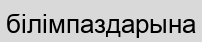
білімпаздарына